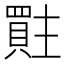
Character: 𮚜